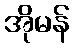
အိုမန်